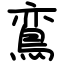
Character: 鵉